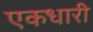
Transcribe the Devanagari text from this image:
एकधारी